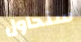
سنحاول